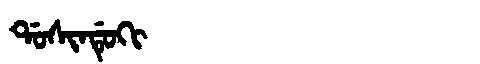
Manchu: ᡩᠣᠰᡳᠨᡩᡠᡴᡳ
Romanization: DOSINDUKI